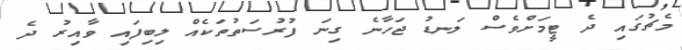
މެޗުގައި ދެ ޓީމަށްވެސް ލަނޑު ޖަހާނެ ގިނަ ފުރުސަތުތަކެއް ލިބިފައި ވާއިރު ދެ